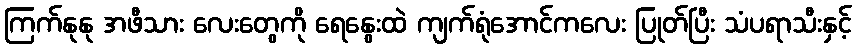
ကြက်နုနု အဖီသား လေးတွေကို ရေနွေးထဲ ကျက်ရုံအောင်ကလေး ပြုတ်ပြီး သံပရာသီးနှင့်